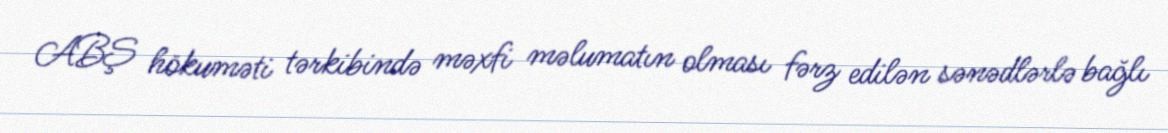
ABŞ hökuməti tərkibində məxfi məlumatın olması fərz edilən sənədlərlə bağlı